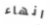
انهاء